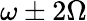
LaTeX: \omega\pm 2\Omega